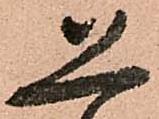
恐